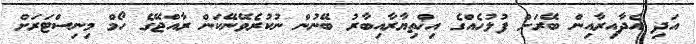
އަދި އެދާއިރާއިން ބޭރަށް ފުލުހެއްގެ އިޚްތިޔާރާއިބާރު ބޭނުން ނުކުރެވޭނޭކަން ރާއްޖޭގެ ހޯމް މިނިސްޓަރަށް